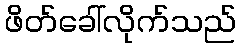
ဖိတ်ခေါ်လိုက်သည်